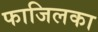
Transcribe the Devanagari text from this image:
फाजिलका